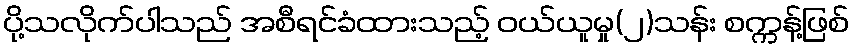
ပို့သလိုက်ပါသည် အစီရင်ခံထားသည့် ဝယ်ယူမှု(၂)သန်း စက္ကန့်ဖြစ်